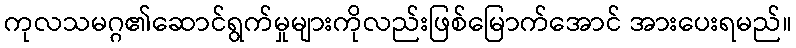
ကုလသမဂ္ဂ၏ဆောင်ရွက်မှုများကိုလည်းဖြစ်မြောက်အောင် အားပေးရမည်။